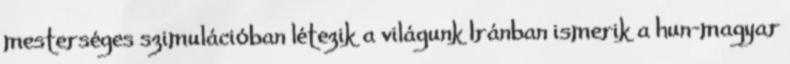
mesterséges szimulációban létezik a világunk Iránban ismerik a hun-magyar